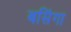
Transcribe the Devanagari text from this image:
बसिंगा